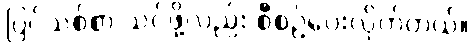
ပြင်သစ်စာ သင်ဖို့လည်း စီစဉ်ပေးလိုက်တယ်။